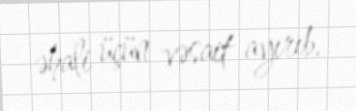
əhali üçün vəsait ayırıb.